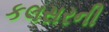
કલસરની